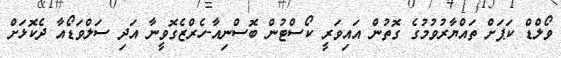
ވޯލްޑް ކަޕަށް ތައްޔާރުވުމުގެ ގޮތުން އައިވަރީ ކޯސްޓުން ބޮސްނިއާ-ހެރްޒެގޮވީނާ އަދި ސަލްވަޑޯއާ ދެކޮޅަށް